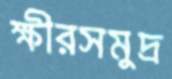
ক্ষীরসমুদ্র